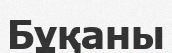
Бұқаны